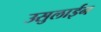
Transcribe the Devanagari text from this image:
उसुलाईन